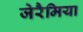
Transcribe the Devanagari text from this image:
जेरैमिया